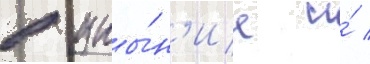
в уны́н'ие и́ /